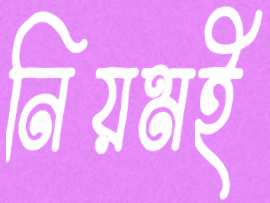
নিয়মই